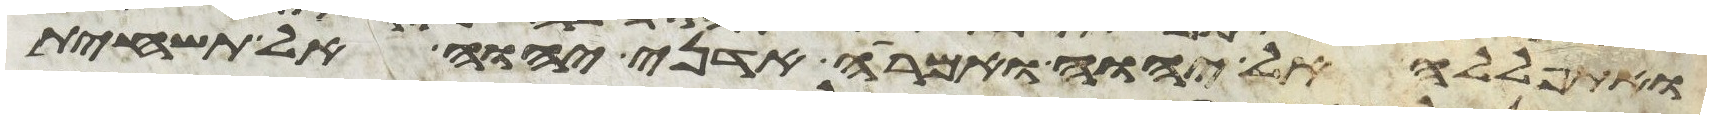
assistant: ואתפללה אל יהוה ואמרה אדני יהוה אל תשחית